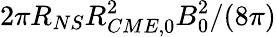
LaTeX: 2\pi R_{NS}R_{CME,0}^{2}{B_{0}^{2}}/{(8\pi)}